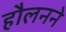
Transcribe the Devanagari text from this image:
हौलनने